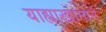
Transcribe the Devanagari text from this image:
याह्याखानाने